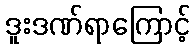
ဒူးဒဏ်ရာကြောင့်